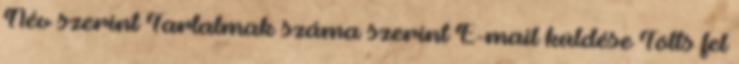
Név szerint Tartalmak száma szerint E-mail küldése Tölts fel